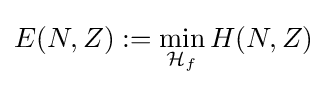
E(N,Z):=\min _{{\mathcal {H}}_{f}}H(N,Z)